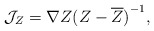
\begin{align*}{\cal J}_Z=\nabla Z{(Z-\overline{Z})}^{-1},\end{align*}